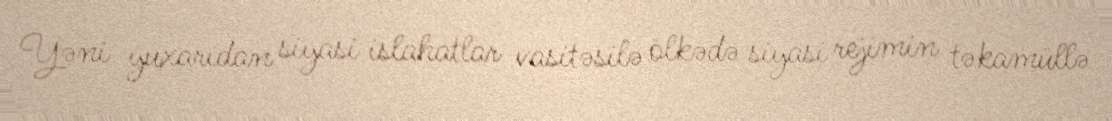
Yəni yuxarıdan siyasi islahatlar vasitəsilə ölkədə siyasi rejimin təkamüllə